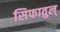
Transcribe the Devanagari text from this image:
सिफातुल्